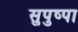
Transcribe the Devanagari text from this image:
सुपुष्पा